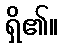
ရှိ၏။